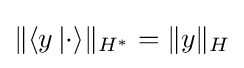
\|\langle y\,|\cdot \rangle \|_{H^{*}}=\|y\|_{H}